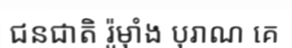
ជនជាតិ រ៉ូម៉ាំង បុរាណ គេ